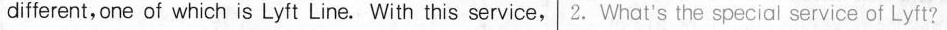
different, one of which is Lyft Line. With this service, 2.What's the special service of Lyft?